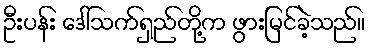
ဦးပန်း ဒေါ်သက်ရှည်တို့က ဖွားမြင်ခဲ့သည်။